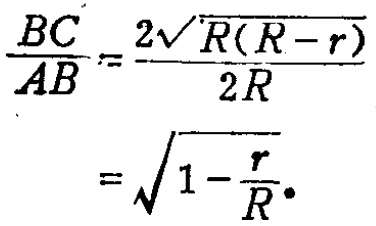
\[
\begin{align*}
\frac{BC}{AB}&=\frac{2\sqrt{R(R - r)}}{2R}\\
&=\sqrt{1-\frac{r}{R}}.
\end{align*}
\]